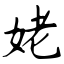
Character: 姥